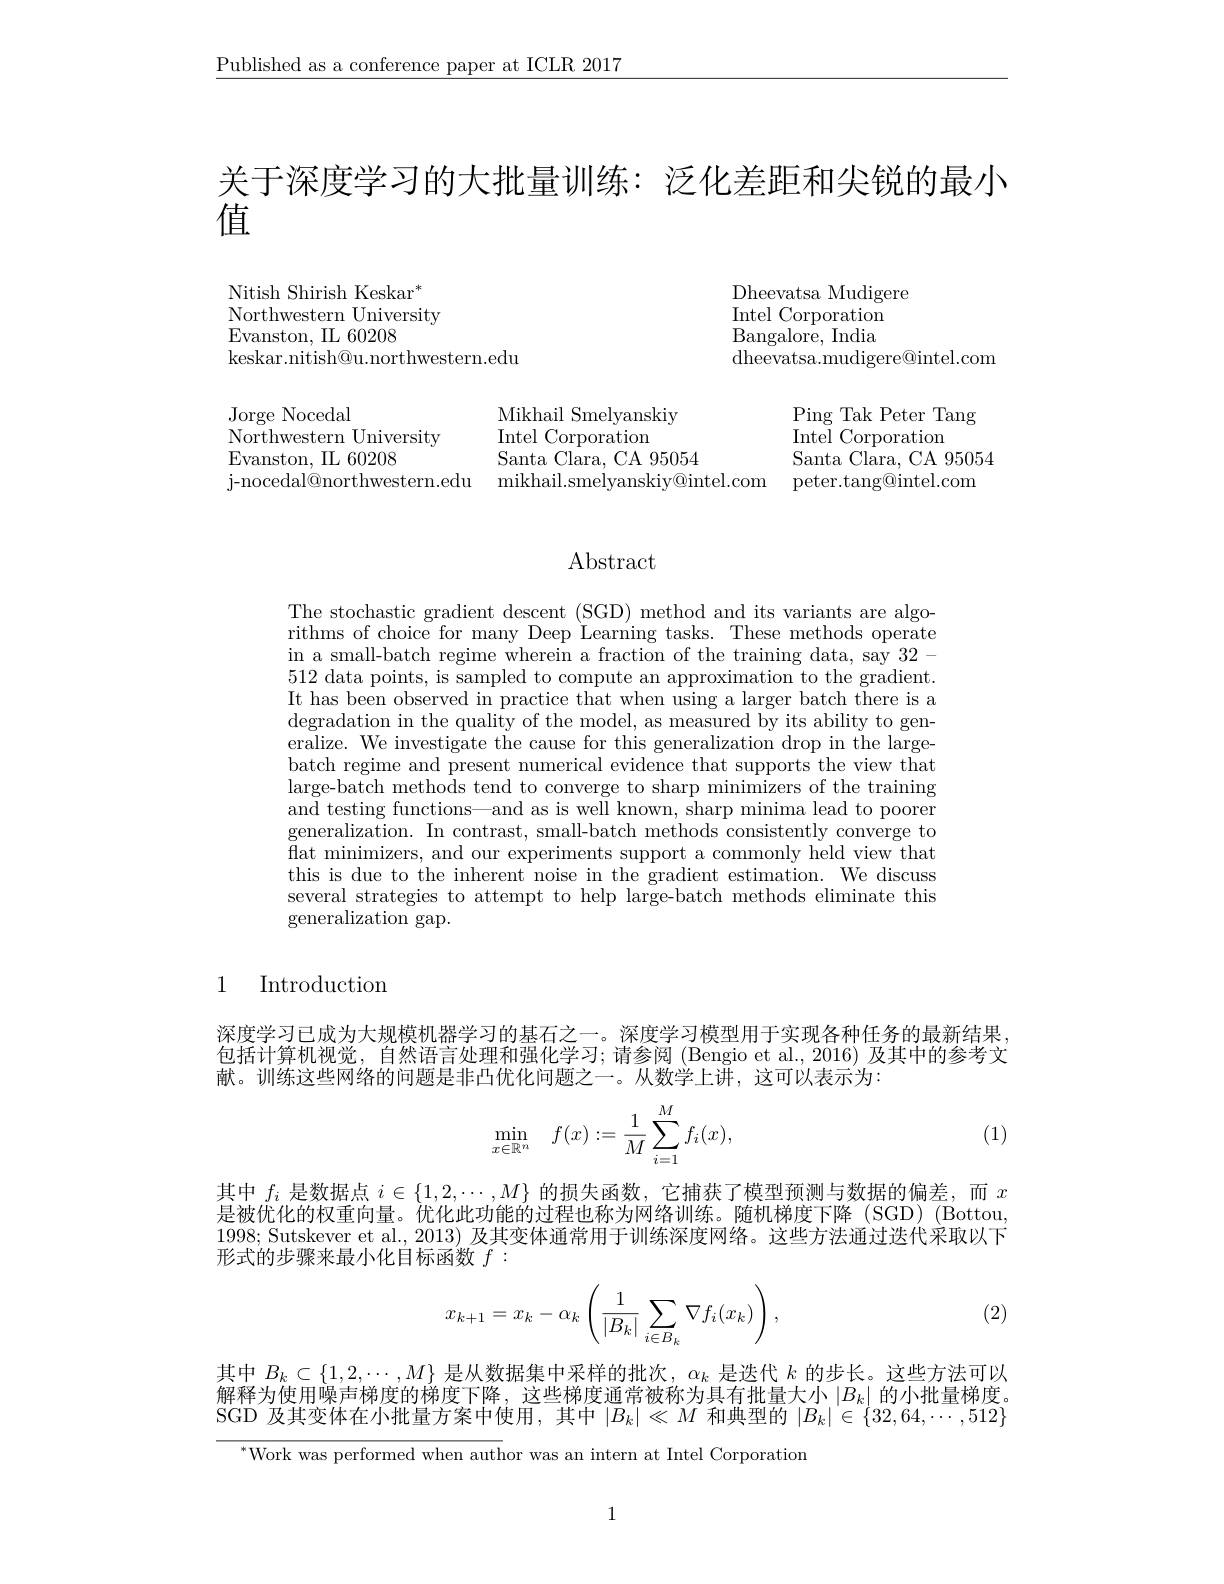
$\underline{\text{Published as a conference paper at ICLR 2017}}$

关于深度学习的大批量训练：泛化差距和尖锐的最小

值

Nitish Shirish Keskar$^*$ $\underline{{\mathrm{Northwestern~University}}}$ Evanston, IL 60208
keskar. nitish@ u. northwestern. edu

Dheevatsa Mudigere
Intel Corporation Bangalore, India dheevatsa.mudigere@intel.com

Jorge Nocedal
Northwestern University
Evanston, IL 60208
 j-nocedal@northwestern.edu mikhail.smelyanskiy@intel.com peter.tang@intel.com

Mikhail Smelyanskiy $\mathop{\mathrm{Intel~Corporation}}$ Santa Clara, CA 95054

Ping Tak Peter Tang
${\mathrm{Intel~Corporation}}$
Santa Clara, CA 95054

### Abstract

The stochastic gradient descent (SGD) method and its variants are algorithms of choice for many Deep Learning tasks. These methods operate in a small-batch regime wherein a fraction of the training data, say 32- 512 data points, is sampled to compute an approximation to the gradient. It has been observed in practice that when using a larger batch there is a degradation in the quality of the model, as measured by its ability to generalize. We investigate the cause for this generalization drop in the largebatch regime and present numerical evidence that supports the view that large-batch methods tend to converge to sharp minimizers of the training and testing functions—and as is well known, sharp minima lead to poorer generalization. In contrast, small-batch methods consistently converge to flat minimizers, and our experiments support a commonly held view that this is due to the inherent noise in the gradient estimation. We discuss several strategies to attempt to help large-batch methods eliminate this generalization gap.

## 1 Introduction

深度学习已成为大规模机器学习的基石之一。深度学习模型用于实现各种任务的最新结果， 包括计算机视觉，自然语言处理和强化学习；请参阅 (Bengio et al., 2016) 及其中的参考文献。训练这些网络的问题是非凸优化问题之一。从数学上讲，这可以表示为：
$$\min\limits_{x\in\mathbb{R}^n}\quad f(x):=\frac{1}{M}\sum\limits_{i=1}^Mf_i(x),$$
(1)

其中$f_i$是数据点$i\in\{1,2,\cdots,M\}$的损失函数，它捕获了模型预测与数据的偏差，而$x$ 是被优化的权重向量。优化此功能的过程也称为网络训练。随机梯度下降(SGD)(Bottou, 1998; Sutskever et al., 2013) 及其变体通常用于训练深度网络。这些方法通过迭代采取以下形式的步骤来最小化目标函数$f:$
$$x_{k+1}=x_k-\alpha_k\left(\frac{1}{|B_k|}\sum_{i\in B_k}\nabla f_i(x_k)\right),$$
(2)

其中$B_k\subset\{1,2,\cdots,M\}$是从数据集中采样的批次，$\alpha_k$是迭代$k$的步长。这些方法可以解释为使用噪声梯度的梯度下降，这些梯度通常被称为具有批量大小$\left|B_k\right|$的小批量梯度。SGD 及其变体在小批量方案中使用，其中$|B_k|\ll M$和典型的$|B_k|\in\{32,64,\cdots,512\}$

$^{*}$Work was performed when author was an intern at Intel Corporation

1